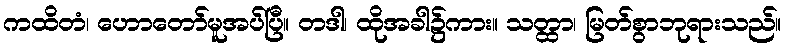
ကထိတံ၊ ဟောတော်မူအပ်ပြီ။ တဒါ၊ ထိုအခါ၌ကား။ သတ္ထာ၊ မြတ်စွာဘုရားသည်။